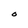
Character: O